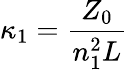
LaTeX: \kappa_{1}=\frac{Z_{0}}{n_{1}^{2}L}